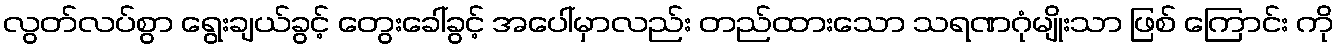
လွတ်လပ်စွာ ရွေးချယ်ခွင့် တွေးခေါ်ခွင့် အပေါ်မှာလည်း တည်ထားသော သရဏဂုံမျိုးသာ ဖြစ် ကြောင်း ကို